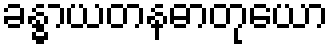
ခန္ဓာယတနဓာတုယော